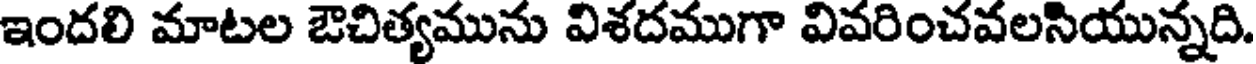
ఇందలి మాటల ఔచిత్యమును విశదముగా వివరించవలసియున్నది